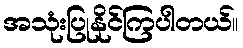
အသုံးပြုနိုင်ကြပါတယ်။